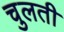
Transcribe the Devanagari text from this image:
चुलती